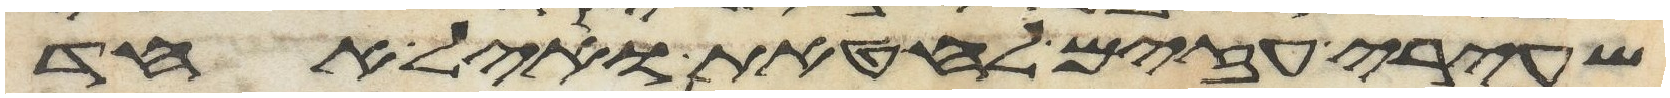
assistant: שעירי עזים לחטאת ואיל אחד